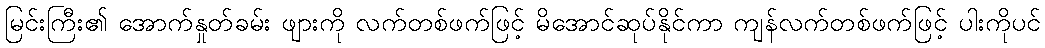
မြင်းကြီး၏ အောက်နှုတ်ခမ်း ဖျားကို လက်တစ်ဖက်ဖြင့် မိအောင်ဆုပ်နိုင်ကာ ကျန်လက်တစ်ဖက်ဖြင့် ပါးကိုပင်